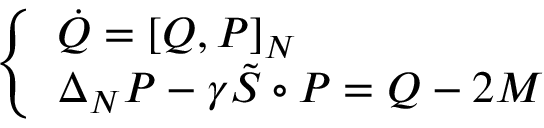
\left\{ \begin{array} { l l } { \Dot { Q } = \left[ Q , P \right] _ { N } } \\ { \Delta _ { N } P - \gamma \Tilde { S } \circ P = Q - 2 M } \end{array} \right.